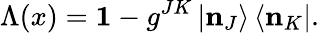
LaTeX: \Lambda(x)=\mathbf{1}-g^{JK}\left|\mathbf{n}_{J}\right\rangle\left\langle\mathbf{n}_{K}\right|.